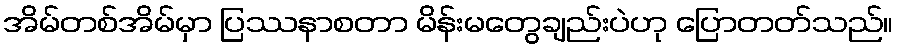
အိမ်တစ်အိမ်မှာ ပြဿနာစတာ မိန်းမတွေချည်းပဲဟု ပြောတတ်သည်။